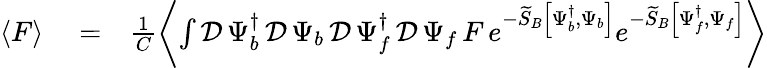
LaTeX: \begin{array}{rlr}{\left\langle F\right\rangle}&{{}=}&{\frac{1}{C}\left\langle\int\mathcal{D}\, \Psi_{b}^{\dagger}\, \mathcal{D}\, \Psi_{b}\, \mathcal{D}\, \Psi_{f}^{\dagger}\, \mathcal{D}\, \Psi_{f}\, F\, e^{-\widetilde{S}_{B}\left[\Psi_{b}^{\dagger},\Psi_{b}\right]}e^{-\widetilde{S}_{B}\left[\Psi_{f}^{\dagger},\Psi_{f}\right]}\right\rangle}\end{array}